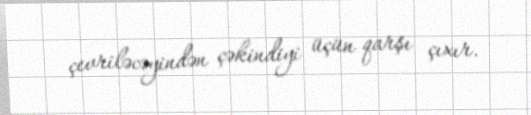
çevriləcəyindən çəkindiyi üçün qarşı çıxır.